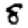
Digit: 8